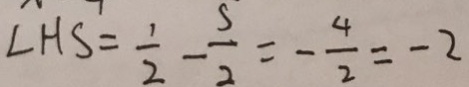
L H S = \frac { 1 } { 2 } - \frac { 5 } { 2 } = - \frac { 4 } { 2 } = - 2